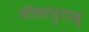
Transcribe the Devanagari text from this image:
पीठापुराम्‌